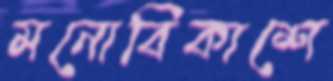
মনোবিকাশে